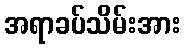
အရာခပ်သိမ်းအား